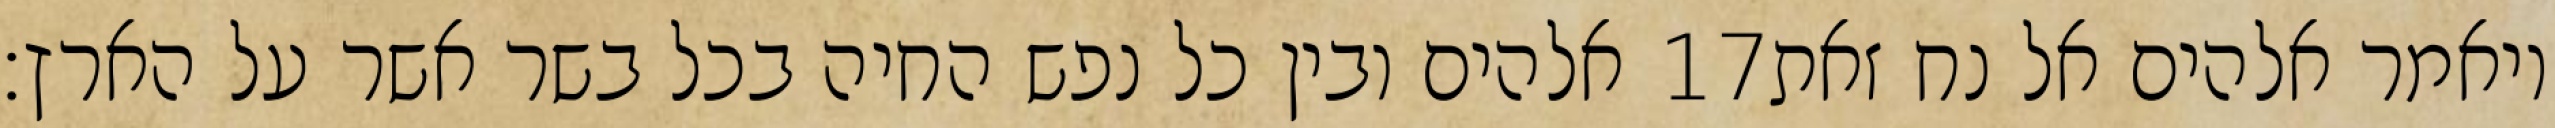
אלהים ובין כל נפש החיה בכל בשר אשר על הארץ׃ ‎17‏ ויאמר אלהים אל נח זאת